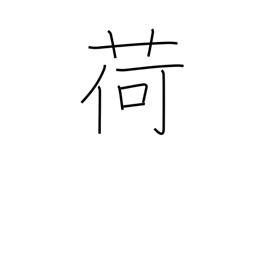
Meaning: baggage